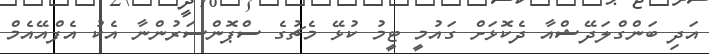
އަދި ބަންގްލަދޭޝްއާ ދެކޮޅަށް ގައުމީ ޓީމު ކުޅޭ މެޗުގެ ސްޕޮންސަރުންނާ އެކު އެފްއޭއެމް